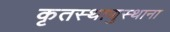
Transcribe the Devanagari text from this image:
कृतस्थाणुस्थाना